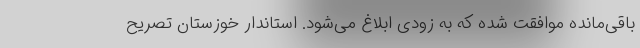
باقی‌مانده موافقت شده که به زودی ابلاغ می‌شود. استاندار خوزستان تصریح